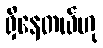
ရှိနေတယ်ဟု